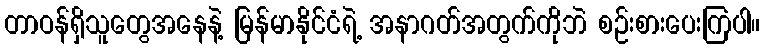
တာဝန်ရှိသူတွေအနေနဲ့ မြန်မာနိုင်ငံရဲ့ အနာဂတ်အတွက်ကိုဘဲ စဉ်းစားပေးကြပါ။